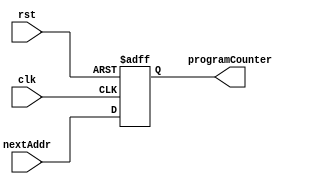
module PC(nextAddr, clk, rst, programCounter);

input wire [15:0] nextAddr;
input clk, rst;
output reg [15:0] programCounter;

always @(posedge clk, negedge rst) begin
	if (~rst) begin
		programCounter <= 16'd0;
	end else begin
		programCounter <= nextAddr;
	end
//$display("programCounter=%d, nextAddr=%d", programCounter, nextAddr); 
end

endmodule